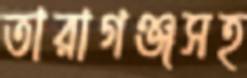
তারাগঞ্জসহ